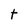
Character: t